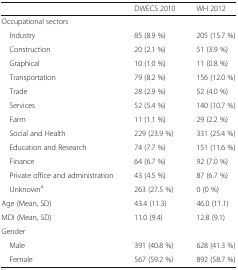
<table><thead><tr><td></td><td><b>DWECS 2010</b></td><td><b>WH 2012</b></td></tr></thead><tbody><tr><td colspan="3">Occupational sectors</td></tr><tr><td> Industry</td><td>85 (8.9 %)</td><td>205 (15.7 %)</td></tr><tr><td> Construction</td><td>20 (2.1 %)</td><td>51 (3.9 %)</td></tr><tr><td> Graphical</td><td>10 (1.0 %)</td><td>11 (0.8 %)</td></tr><tr><td> Transportation</td><td>79 (8.2 %)</td><td>156 (12.0 %)</td></tr><tr><td> Trade</td><td>28 (2.9 %)</td><td>52 (4.0 %)</td></tr><tr><td> Services</td><td>52 (5.4 %)</td><td>140 (10.7 %)</td></tr><tr><td> Farm</td><td>11 (1.1 %)</td><td>29 (2.2 %)</td></tr><tr><td> Social and Health</td><td>229 (23.9 %)</td><td>331 (25.4 %)</td></tr><tr><td> Education and Research</td><td>74 (7.7 %)</td><td>151 (11.6 %)</td></tr><tr><td> Finance</td><td>64 (6.7 %)</td><td>92 (7.0 %)</td></tr><tr><td> Private office and administration</td><td>43 (4.5 %)</td><td>87 (6.7 %)</td></tr><tr><td> Unknown<sup>a</sup></td><td>263 (27.5 %)</td><td>0 (0 %)</td></tr><tr><td>Age (Mean, SD)</td><td>43.4 (11.3)</td><td>46.0 (11.1)</td></tr><tr><td>MDI (Mean, SD)</td><td>11.0 (9.4)</td><td>12.8 (9.1)</td></tr><tr><td colspan="3">Gender</td></tr><tr><td> Male</td><td>391 (40.8 %)</td><td>628 (41.3 %)</td></tr><tr><td> Female</td><td>567 (59.2 %)</td><td>892 (58.7 %)</td></tr></tbody></table>